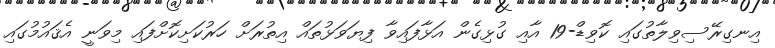
އިނގިރޭސިވިލާތުގައި ކޮވިޑް-19 އާއި ގުޅިގެން އަޅާފައިވާ ފިޔަވަޅުތައް އިތުރަށް ހަރުކަށިކޮށްފައި މިވަނީ އެޤައުމުގައި